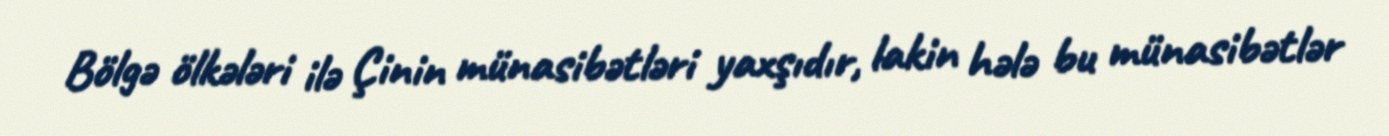
Bölgə ölkələri ilə Çinin münasibətləri yaxşıdır, lakin hələ bu münasibətlər